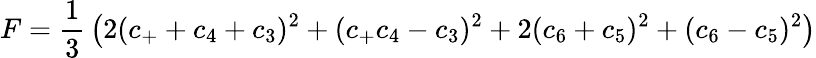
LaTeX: F={\frac{1}{3}}\left(2(c_{+}+c_{4}+c_{3})^{2}+(c_{+}c_{4}-c_{3})^{2}+2(c_{6}+c_{5})^{2}+(c_{6}-c_{5})^{2}\right)